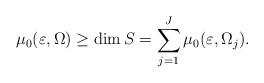
LaTeX: \begin{align*}\mu_0(\varepsilon,\Omega) \geq \dim S = \sum_{j=1}^J \mu_0(\varepsilon, \Omega_j).\end{align*}